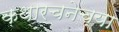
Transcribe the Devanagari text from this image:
कथारचनेच्या